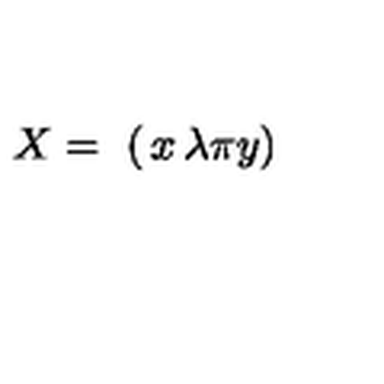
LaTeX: X = \ \left( \begin{matrix} { x } & { \lambda } \\ { \pi } & { y } \\ \end{matrix} \right)